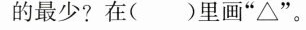
的最少?在( )里画”△”。